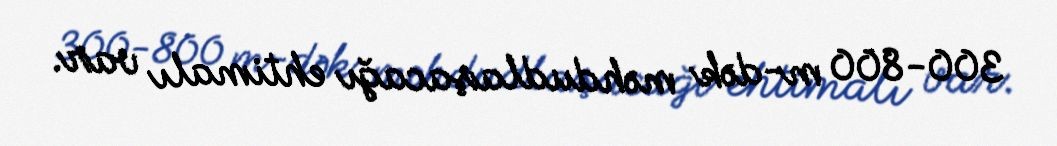
300-800 m-dək məhdudlaşacağı ehtimalı var.